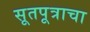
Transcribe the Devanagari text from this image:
सूतपूत्राचा